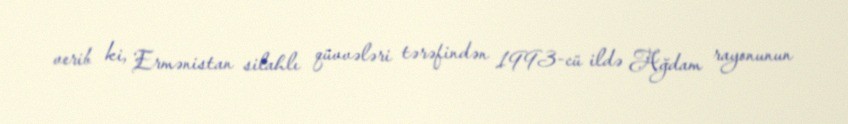
verib ki, Ermənistan silahlı qüvvələri tərəfindən 1993-cü ildə Ağdam rayonunun